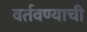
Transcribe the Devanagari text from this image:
वर्तवण्याची